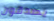
يصدقون